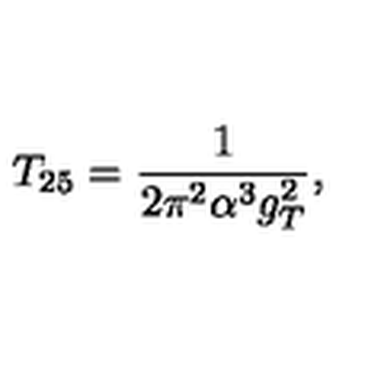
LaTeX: T _ { 2 5 } = \frac { 1 } { 2 \pi ^ { 2 } \alpha ^ { 3 } g _ { T } ^ { 2 } } ,